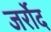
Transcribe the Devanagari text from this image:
जर्रोद